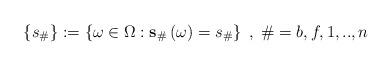
LaTeX: \begin{align*}\left\{ s_{\#}\right\} :=\left\{ \omega\in\Omega:\mathbf{s}_{\#}\left(\omega\right) =s_{\#}\right\} \;,\;\#=b,f,1,..,n \end{align*}